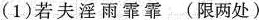
（1）若夫淫雨霏霏 （限两处）